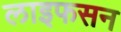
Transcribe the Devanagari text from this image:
लाइफसन